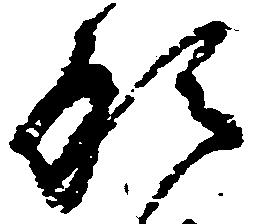
形